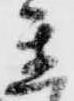
置